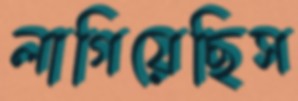
লাগিয়েছিস